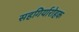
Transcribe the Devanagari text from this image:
सहगिर्यारोहक